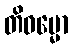
တိဓမ္မော